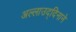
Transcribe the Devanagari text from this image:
अल्लाउद्दिनाने